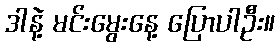
ဒါနဲ့ မင်းမွေးနေ့ ပြောပါဦး။